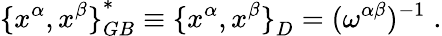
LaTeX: {\{ x^{\alpha},x^{\beta}\} }_{GB}^{\ast}\equiv{\{ x^{\alpha},x^{\beta}\} }_{D}=(\omega^{\alpha\beta})^{-1}\; .